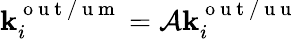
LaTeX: \mathbf{k}_{i}^{\mathrm{{~o~u~t~/~u~m~}}}=\mathcal{{A}}\mathbf{k}_{i}^{\mathrm{{~o~u~t~/~u~u~}}}